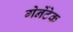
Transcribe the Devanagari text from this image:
गेनेंटेक